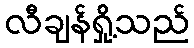
လီချန်ရှို့သည်